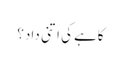
کاہے کی اتنی داد؟